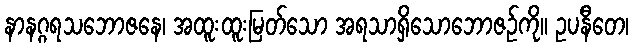
နာနဂ္ဂရသဘောဇနေ၊ အထူးထူးမြတ်သော အရသာရှိသောဘောဇဉ်ကို။ ဥပနီတေ၊